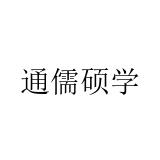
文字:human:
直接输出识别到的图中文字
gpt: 通儒硕学